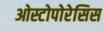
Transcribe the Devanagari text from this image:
ओस्टोपोरेसिस